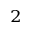
^ 2